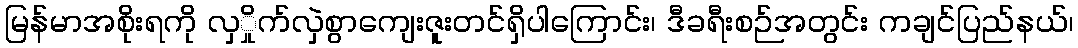
မြန်မာအစိုးရကို လှှိုက်လှဲစွာကျေးဇူးတင်ရှိပါကြောင်း၊ ဒီခရီးစဉ်အတွင်း ကချင်ပြည်နယ်၊